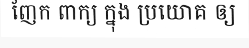
ញែក ពាក្យ ក្នុង ប្រយោគ ឲ្យ